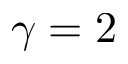
\gamma = 2